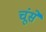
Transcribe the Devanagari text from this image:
चूंसे